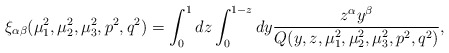
\begin{align*}\xi _{\alpha \beta }(\mu _{1}^{2},\mu _{2}^{2},\mu_{3}^{2},p^{2},q^{2})=\int_{0}^{1}dz\int_{0}^{1-z}dy\frac{z^{\alpha}y^{\beta }}{Q(y,z,\mu _{1}^{2},\mu _{2}^{2},\mu _{3}^{2},p^{2},q^{2})},\end{align*}